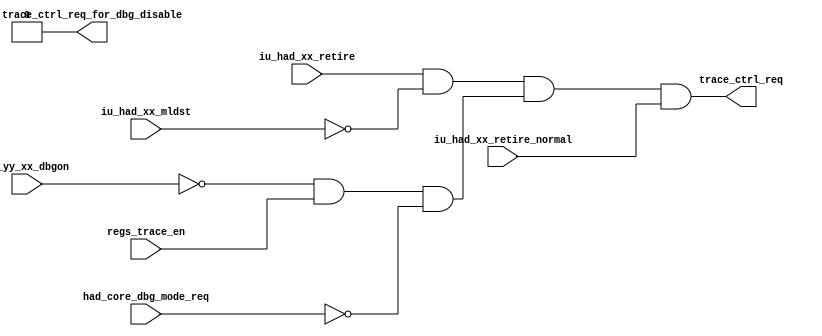
/*Copyright 2018-2021 T-Head Semiconductor Co., Ltd.

Licensed under the Apache License, Version 2.0 (the "License");
you may not use this file except in compliance with the License.
You may obtain a copy of the License at

    http://www.apache.org/licenses/LICENSE-2.0

Unless required by applicable law or agreed to in writing, software
distributed under the License is distributed on an "AS IS" BASIS,
WITHOUT WARRANTIES OR CONDITIONS OF ANY KIND, either express or implied.
See the License for the specific language governing permissions and
limitations under the License.
*/

// &ModuleBeg; @23
module cr_had_trace(
  had_core_dbg_mode_req,
  iu_had_xx_mldst,
  iu_had_xx_retire,
  iu_had_xx_retire_normal,
  iu_yy_xx_dbgon,
  regs_trace_en,
  trace_ctrl_req,
  trace_ctrl_req_for_dbg_disable
);

// &Ports; @24
input        had_core_dbg_mode_req;         
input        iu_had_xx_mldst;               
input        iu_had_xx_retire;              
input        iu_had_xx_retire_normal;       
input        iu_yy_xx_dbgon;                
input        regs_trace_en;                 
output       trace_ctrl_req;                
output       trace_ctrl_req_for_dbg_disable; 

// &Regs; @25

// &Wires; @26
wire         had_core_dbg_mode_req;         
wire         iu_had_xx_mldst;               
wire         iu_had_xx_retire;              
wire         iu_had_xx_retire_normal;       
wire         iu_yy_xx_dbgon;                
wire         regs_trace_en;                 
wire         trace_counter_eq_0;            
wire         trace_ctrl_req;                
wire         trace_ctrl_req_for_dbg_disable; 
wire         trace_en;                      
wire         trace_vld;                     


//==============================================================================
// trace valid conditions(AND):
// 1. retire normally, without exception.
// 2. not a lls instruction or the last of the lls instruction.
// 3. not in debug mode.
// 4. trace mode enable.
// The last condition is designed for low power.
//==============================================================================

assign trace_en  = !iu_yy_xx_dbgon
                && regs_trace_en
                && !had_core_dbg_mode_req;

assign trace_vld =    iu_had_xx_retire
                  && !iu_had_xx_mldst
                  && trace_en;
//==============================================================================
// trace counter decrease condition (AND):
// 1. trace valid
// 2. trace counter dosen't equal to zero.
//==============================================================================

//assign trace_counter_dec = (trace_vld || iu_had_expt_during_split && trace_en)
//                           && !trace_counter_eq_0;

//==============================================================================
// trace counter logic
//==============================================================================

// //&Force("bus", "regs_xx_wdata", 31, 0); @57
//
//always @(posedge cpuclk)
//begin
//  if (regs_trace_cnt_sel)
//    trace_counter[7:0] <= regs_xx_wdata[7:0];
//  else if (trace_counter_dec)
//    trace_counter[7:0] <= trace_counter[7:0] - 1'b1;
//  else
//    trace_counter[7:0] <= trace_counter[7:0];
//end                           

//==============================================================================
// trace counter to regs
//==============================================================================

//assign trace_regs_counter[7:0] = trace_counter[7:0];

//==============================================================================
// trace counter equals to zero
//==============================================================================

//assign trace_counter_eq_0 = (trace_counter[7:0] == 8'b0);

assign trace_counter_eq_0 = 1'b1;

//==============================================================================
// trace request to HAD control path conditions (AND):
// 1. trace_vld
// 2. trace counter equals to zero.
//==============================================================================

assign trace_ctrl_req = trace_vld && trace_counter_eq_0
                        && iu_had_xx_retire_normal;

assign trace_ctrl_req_for_dbg_disable = 1'b0;


// &ModuleEnd; @99
endmodule